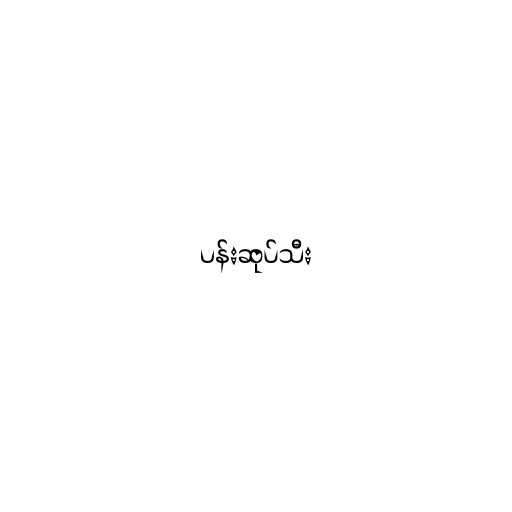
ပန်းဆုပ်သီး